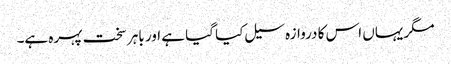
مگر یہاں اس کا دروازہ سیل کیا گیا ہے اور باہر سخت پہرہ ہے۔